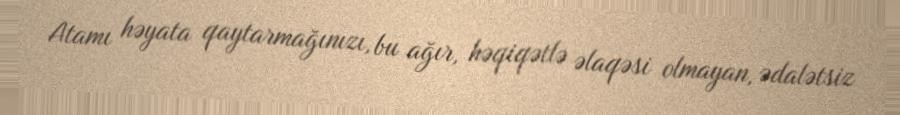
Atamı həyata qaytarmağınızı, bu ağır, həqiqətlə əlaqəsi olmayan, ədalətsiz